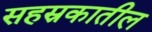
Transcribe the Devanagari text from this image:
सहस्रकातील